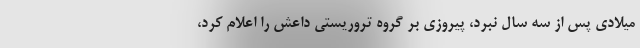
میلادی پس از سه سال نبرد، پیروزی بر گروه تروریستی داعش را اعلام کرد،